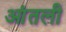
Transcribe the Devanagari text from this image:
आंतली